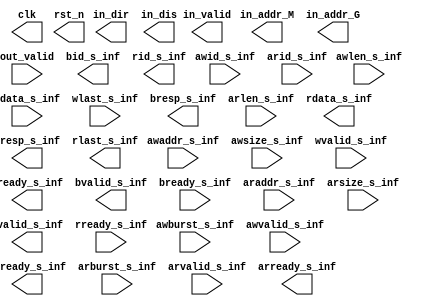
module PATTERN #(parameter ID_WIDTH=4, DATA_WIDTH=32, ADDR_WIDTH=32)(
        
				clk,	
			  rst_n,	
	
			in_addr_M,
			in_addr_G,
			in_dir,
			in_dis,
			in_valid,
			out_valid, 
	

         awid_s_inf,
       awaddr_s_inf,
       awsize_s_inf,
      awburst_s_inf,
        awlen_s_inf,
      awvalid_s_inf,
      awready_s_inf,
                    
        wdata_s_inf,
        wlast_s_inf,
       wvalid_s_inf,
       wready_s_inf,
                    
          bid_s_inf,
        bresp_s_inf,
       bvalid_s_inf,
       bready_s_inf,
                    
         arid_s_inf,
       araddr_s_inf,
        arlen_s_inf,
       arsize_s_inf,
      arburst_s_inf,
      arvalid_s_inf,
                    
      arready_s_inf, 
          rid_s_inf,
        rdata_s_inf,
        rresp_s_inf,
        rlast_s_inf,
       rvalid_s_inf,
       rready_s_inf 
             );




//Connection wires
output reg			  clk,rst_n;
        
// -----------------------------
// IO port
output reg [ADDR_WIDTH-1:0]      in_addr_M;
output reg [ADDR_WIDTH-1:0]      in_addr_G;
output reg [1:0]  	  		in_dir;
output reg [3:0]	    	in_dis;
output reg 			    	in_valid;
input	              out_valid;
// -----------------------------

reg [ADDR_WIDTH-1:0]      gold_addr_G;


// axi write address channel 
input wire [ID_WIDTH-1:0]        awid_s_inf;
input wire [ADDR_WIDTH-1:0]    awaddr_s_inf;
input wire [2:0]            awsize_s_inf;
input wire [1:0]           awburst_s_inf;
input wire [3:0]             awlen_s_inf;
input wire                 awvalid_s_inf;
output wire                awready_s_inf;
// axi write data channel 
input wire [DATA_WIDTH-1:0]     wdata_s_inf;
input wire                   wlast_s_inf;
input wire                  wvalid_s_inf;
output wire                 wready_s_inf;
// axi write response channel
output wire [ID_WIDTH-1:0]         bid_s_inf;
output wire [1:0]             bresp_s_inf;
output wire              	  bvalid_s_inf;
input wire                    bready_s_inf;
// -----------------------------
// axi read address channel 
input wire [ID_WIDTH-1:0]       arid_s_inf;
input wire [ADDR_WIDTH-1:0]   araddr_s_inf;
input wire [3:0]            arlen_s_inf;
input wire [2:0]           arsize_s_inf;
input wire [1:0]          arburst_s_inf;
input wire                arvalid_s_inf;
output wire               arready_s_inf;
// -----------------------------
// axi read data channel 
output wire [ID_WIDTH-1:0]         rid_s_inf;
output wire [DATA_WIDTH-1:0]     rdata_s_inf;
output wire [1:0]             rresp_s_inf;
output wire                   rlast_s_inf;
output wire                  rvalid_s_inf;
input wire                   rready_s_inf;
// -----------------------------




endmodule